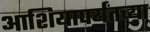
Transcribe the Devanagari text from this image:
आशियापर्यंतच्या